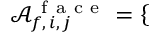
\mathcal { A } _ { f , \, i , \, j } ^ { \mathrm { ~ f ~ a ~ c ~ e ~ } } = \left\{ \begin{array} { l l } \end{array} \right.